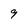
Character: 9